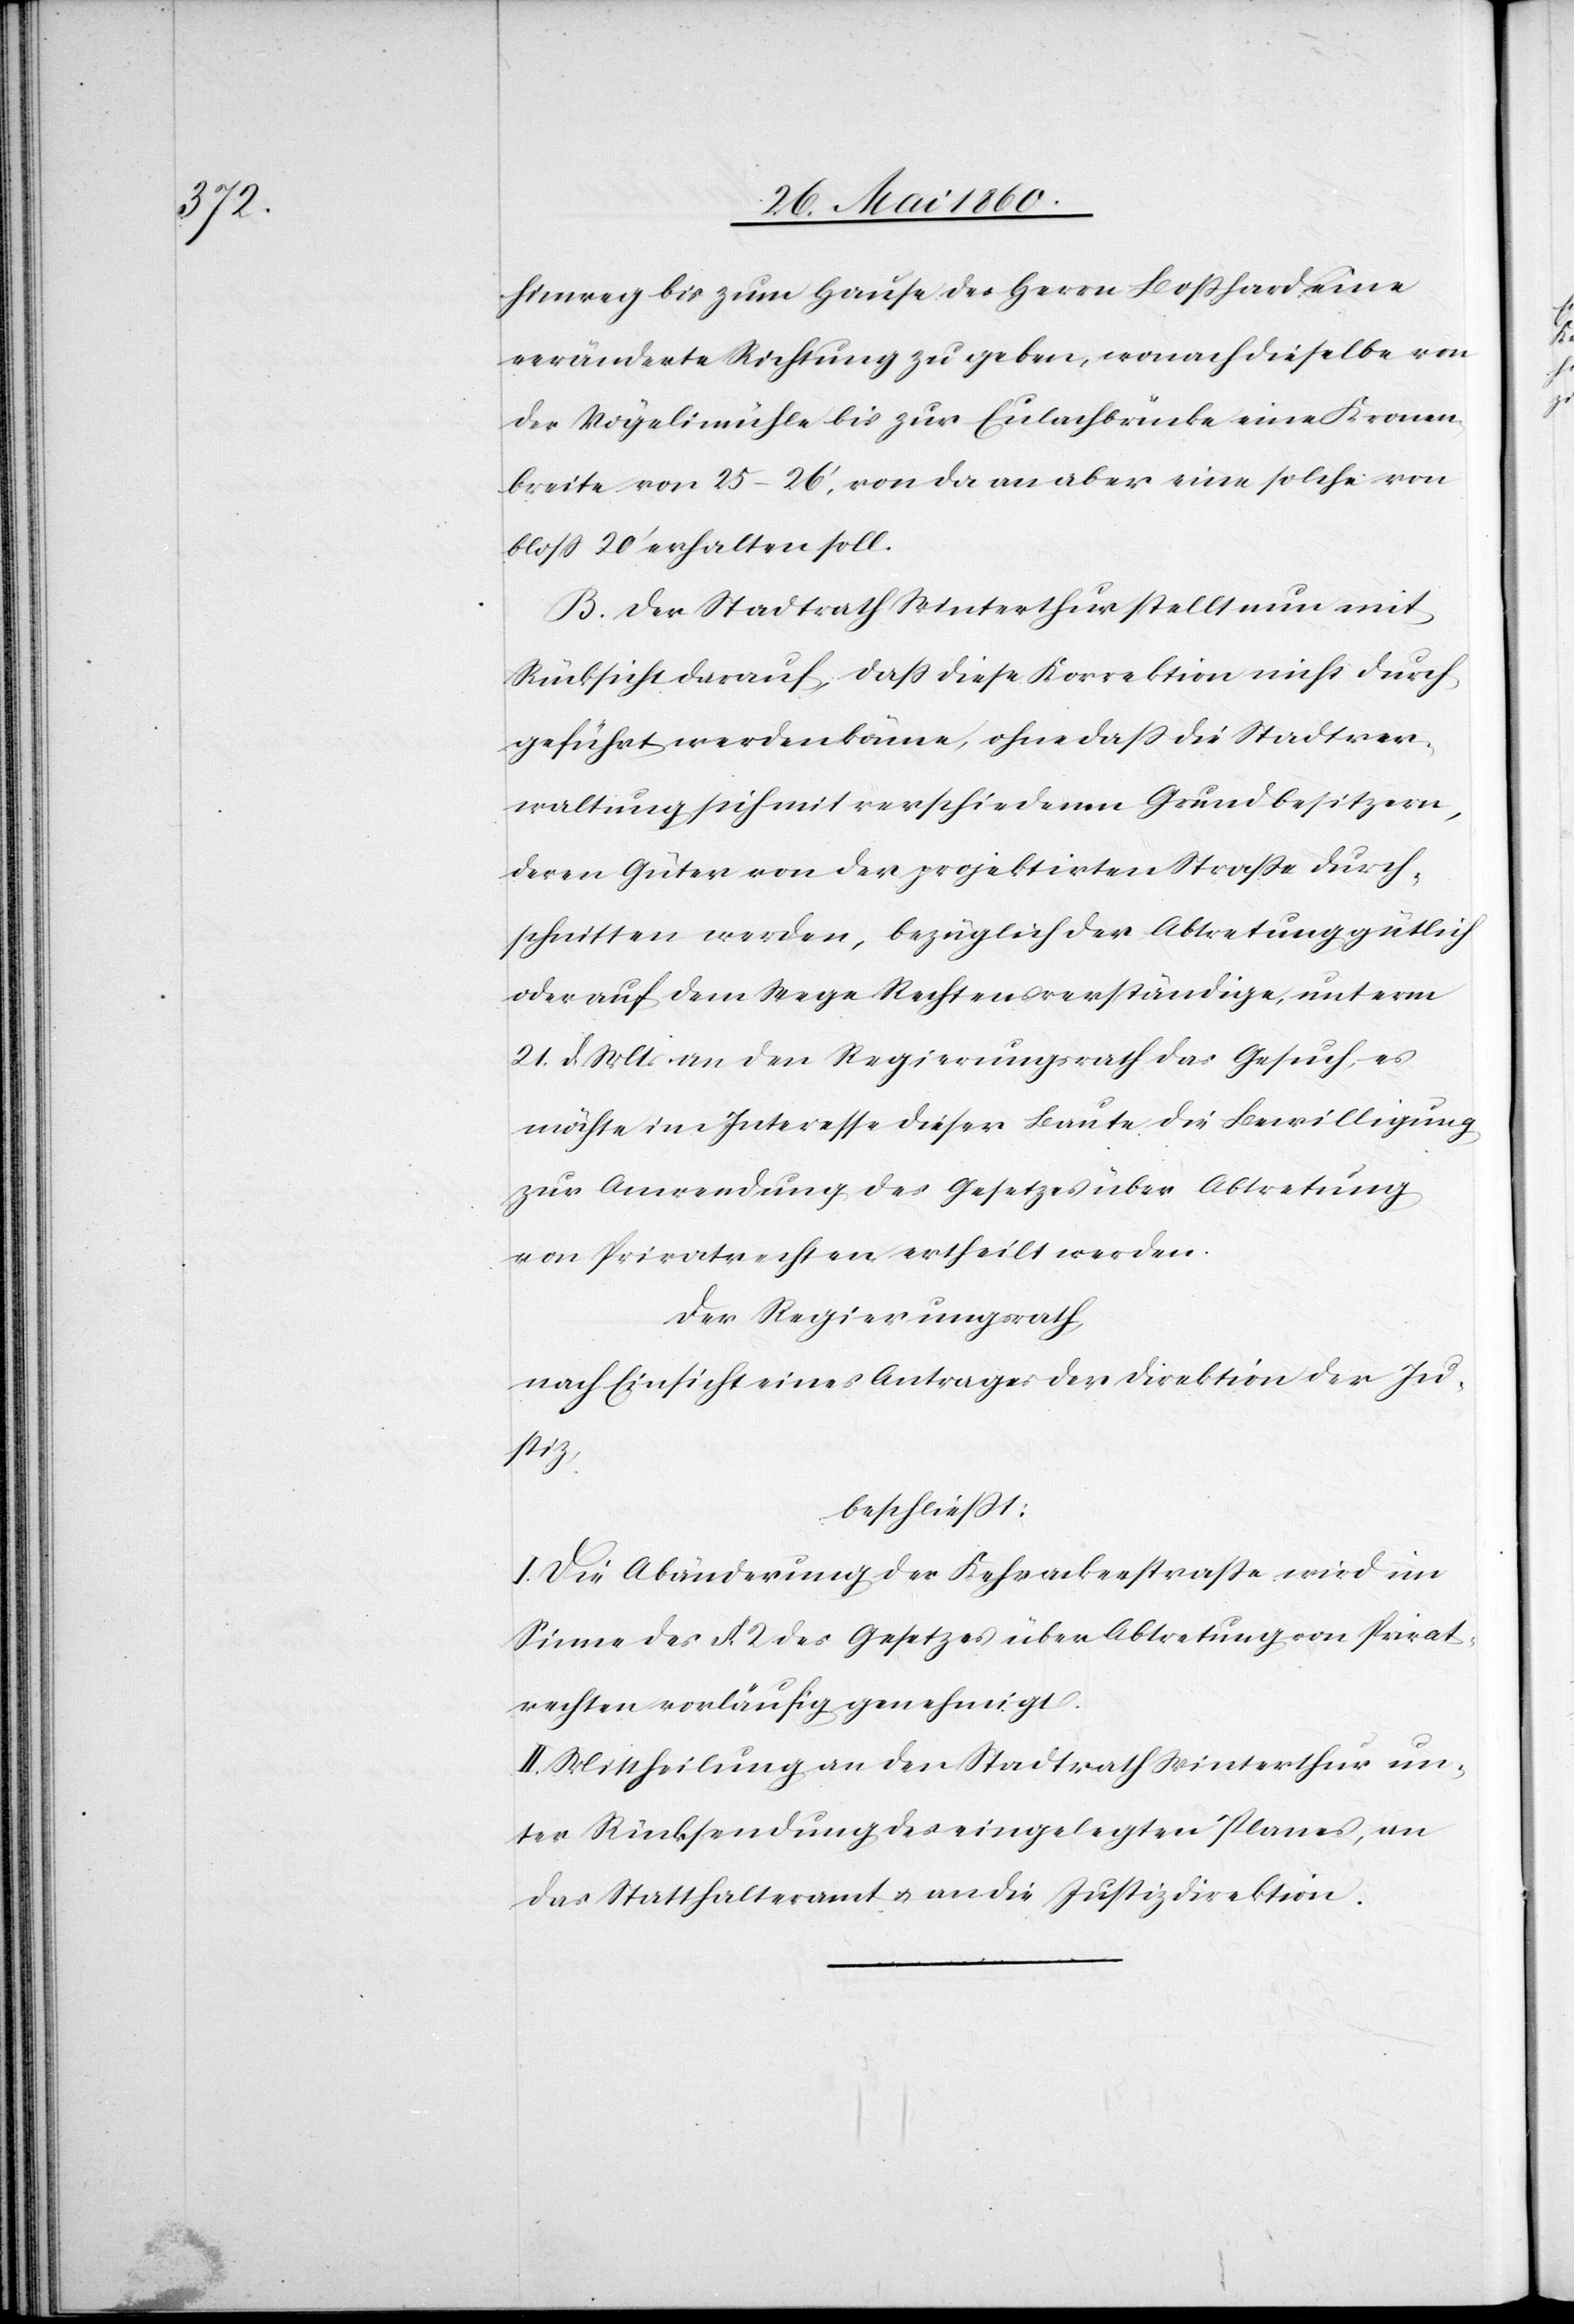
hinweg bis zum Hause des Herrn Bosshard eine
veränderte Richtung zu geben, wonach dieselbe von
der Vögelimühle bis zur Eulachbrücke eine Kronen¬
breite von 25–26’, von da an aber eine solche von
bloss 20’ erhalten soll.
B. Der Stadtrath Winterthur stellt nun mit
Rücksicht darauf, dass diese Korrektion nicht durch
geführt werden könne, ohne dass die Stadtver¬
waltung sich mit verschiedenen Grundbesitzern,
deren Güter von der projektirten Strasse durch¬
schnitten werden, bezüglich der Abtretung gütlich
oder auf dem Wege Rechtensverständige, unterm
21. d. Mts. an den Regierungsrath das Gesuch, es
möchte im Interesse dieser Baute die Bewilligung
zur Anwendung des Gesetzes über Abtretung
von Privatrechten ertheilt werden.
Der Regierungsrath,
nach Einsicht eines Antrages der Direktion der Ju¬
stiz,
beschliesst:
I. Die Abänderung der Kehrackerstrasse wird im
Sinne des §. 2. des Gesetzes über Abtretung von Privat¬
rechten vorläufig genehmigt.
II. Mittheilung an den Stadtrath Winterthur un¬
ter Rücksendung des eingelegten Planes, an
das Statthalteramt u. an die Justizdirektion.